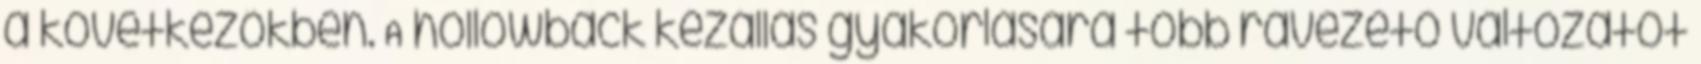
a következőkben. A hollowback kézállás gyakorlására több rávezető változatot